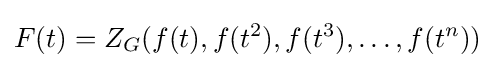
F(t)=Z_{G}(f(t),f(t^{2}),f(t^{3}),\ldots ,f(t^{n}))